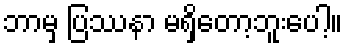
ဘာမှ ပြဿနာ မရှိတော့ဘူးပေါ့။